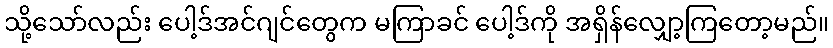
သို့သော်လည်း ပေါ့ဒ်အင်ဂျင်တွေက မကြာခင် ပေါ့ဒ်ကို အရှိန်လျှော့ကြတော့မည်။